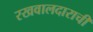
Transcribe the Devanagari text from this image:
रखवालदाराची